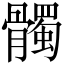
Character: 髑